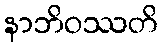
နာဘိဝဿတိ